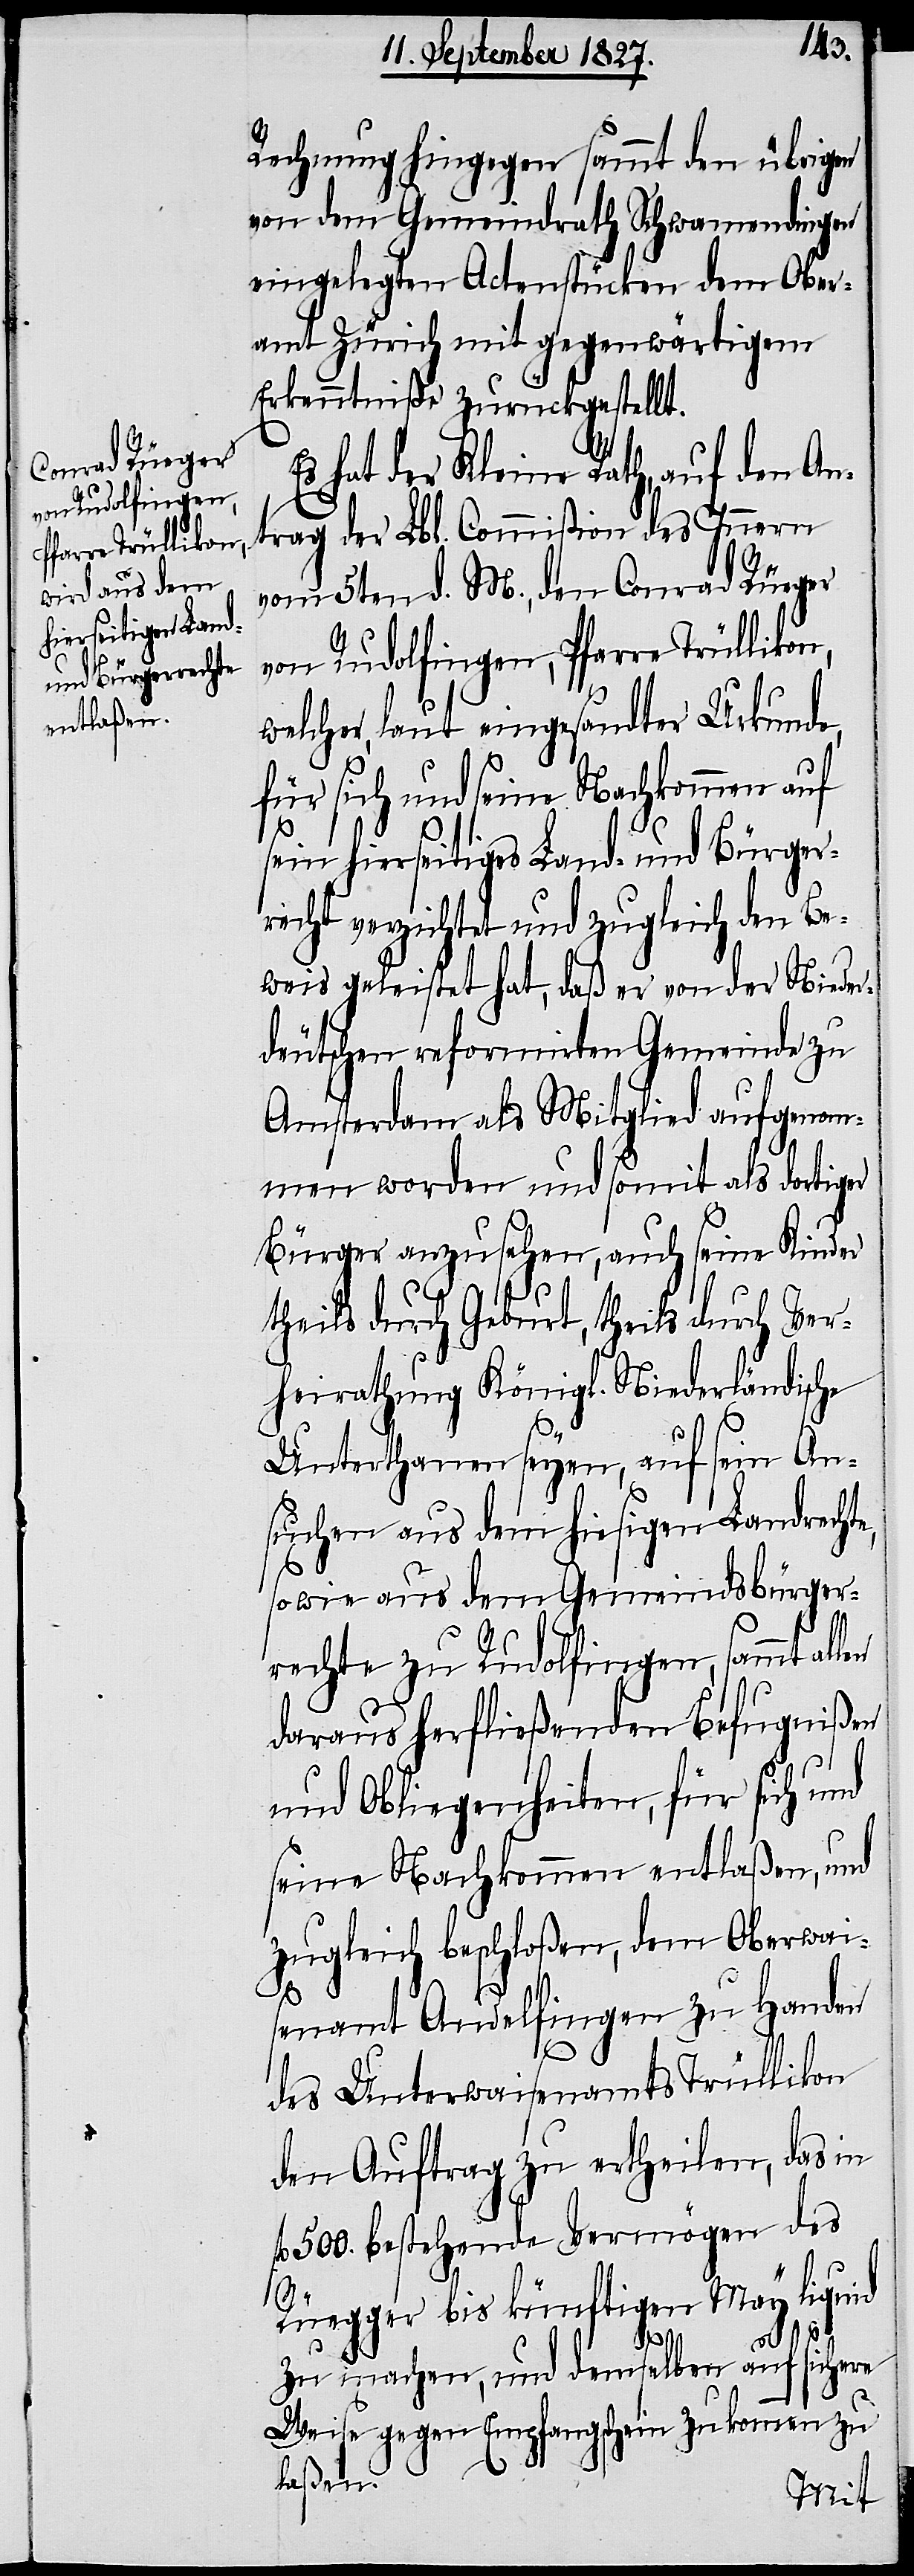
von Rudolfingen,
Pfarre Trüllikon,

Rechnung hingegen sammt den übrigen
von dem Gemeindrath Schwamendingen
eingelegten Actenstücken dem Ober¬
amt Zürich mit gegenwärtigem
Erkenntniße zurückgestellt.
Es hat der Kleine Rath, auf den An¬
trag der Lbl. Commißion des Innern
vom 5ten d. M., den Conrad Rüeger
welcher, laut eingesandter Urkunde,
für sich und seine Nachkommen auf
sein hierseitiges Land- und Bürger¬
recht verzichtet und zugleich den Be¬
weis geleistet hat, daß er von der Nieder¬
deutschen reformirten Gemeinde zu
Amsterdam als Mitglied aufgenom¬
men worden und somit als dortig¬
Bürger anzusehen, auch seine Kinder
theils durch Geburt, theils durch Ver¬
heirathung Königl. Niederländische
Unterthanen seyen, auf sein An¬
suchen aus dem hiesigen Landrecht¬
sowie aus dem Gemeindsbürger¬
rechte zu Rudolfingen, sammt all¬
daraus herfließenden Befugnißen
und Obliegenheiten, für sich und
seine Nachkommen entlaßen, und
zugleich beschloßen, dem Oberwai¬
senamt Andelfingen zu Handen
des Unterwaisenamts Trüllikon
den Auftrag zu ertheilen, das in
fl. 500. bestehende Vermögen des
[sic!] bis künftigen May liquid
en
zu machen, und demselben auf sichere
Weise gegen Empfangsschein zukommen zu
laßen.